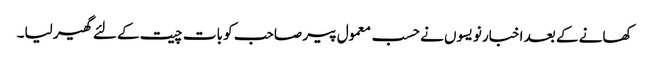
کھانے کے بعد اخبار نویسوں نے حسب معمول پیر صاحب کو بات چیت کے لئے گھیر لیا۔